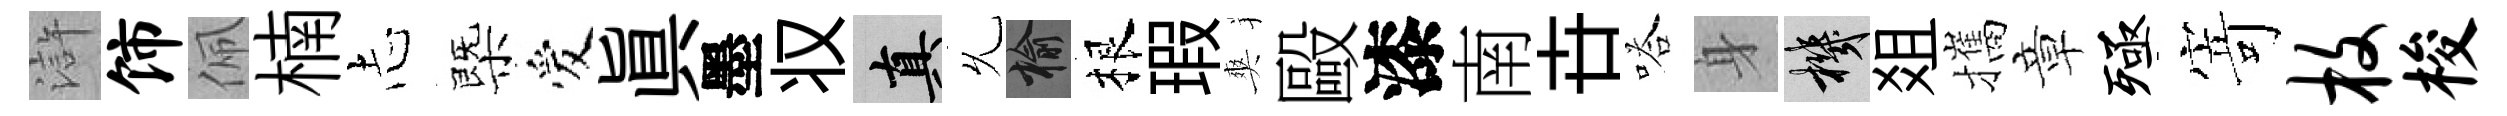
滸饰佩楠𢖽㮣爱真墨𠬧真𠃔榆根瑕爽毆漆南卋嗒身機爼攜章殛𭔃枚梭